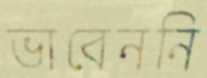
ভাবেননি